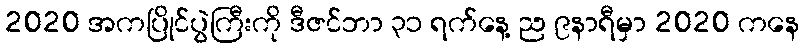
2020 အကပြိုင်ပွဲကြီးကို ဒီဇင်ဘာ ၃၁ ရက်နေ့ ည ၉နာရီမှာ 2020 ကနေ